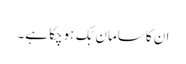
ان کا سامان بُک ہوچکا ہے۔